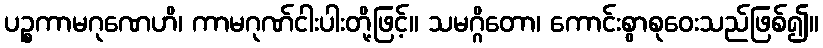
ပဉ္စကာမဂုဏေဟိ၊ ကာမဂုဏ်ငါးပါးတို့ဖြင့်။ သမဂ္ဂိတော၊ ကောင်းစွာစုဝေးသည်ဖြစ်၍။